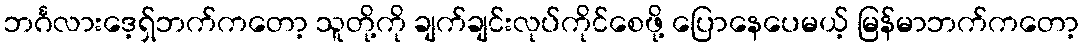
ဘင်္ဂလားဒေ့ရှ်ဘက်ကတော့ သူတို့ကို ချက်ချင်းလုပ်ကိုင်စေဖို့ ပြောနေပေမယ့် မြန်မာဘက်ကတော့